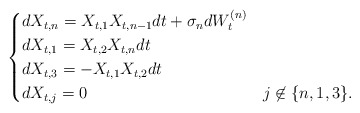
\begin{align*} \begin{cases}dX_{t,n} = X_{t,1}X_{t,n-1}dt + \sigma_n dW_t^{(n)} \\ dX_{t,1} = X_{t,2}X_{t,n}dt \\ dX_{t,3} = -X_{t,1}X_{t,2}dt \\ dX_{t,j} = 0 & j \not \in \{n,1,3\}.\end{cases}\end{align*}